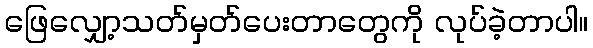
ဖြေလျှော့သတ်မှတ်ပေးတာတွေကို လုပ်ခဲ့တာပါ။